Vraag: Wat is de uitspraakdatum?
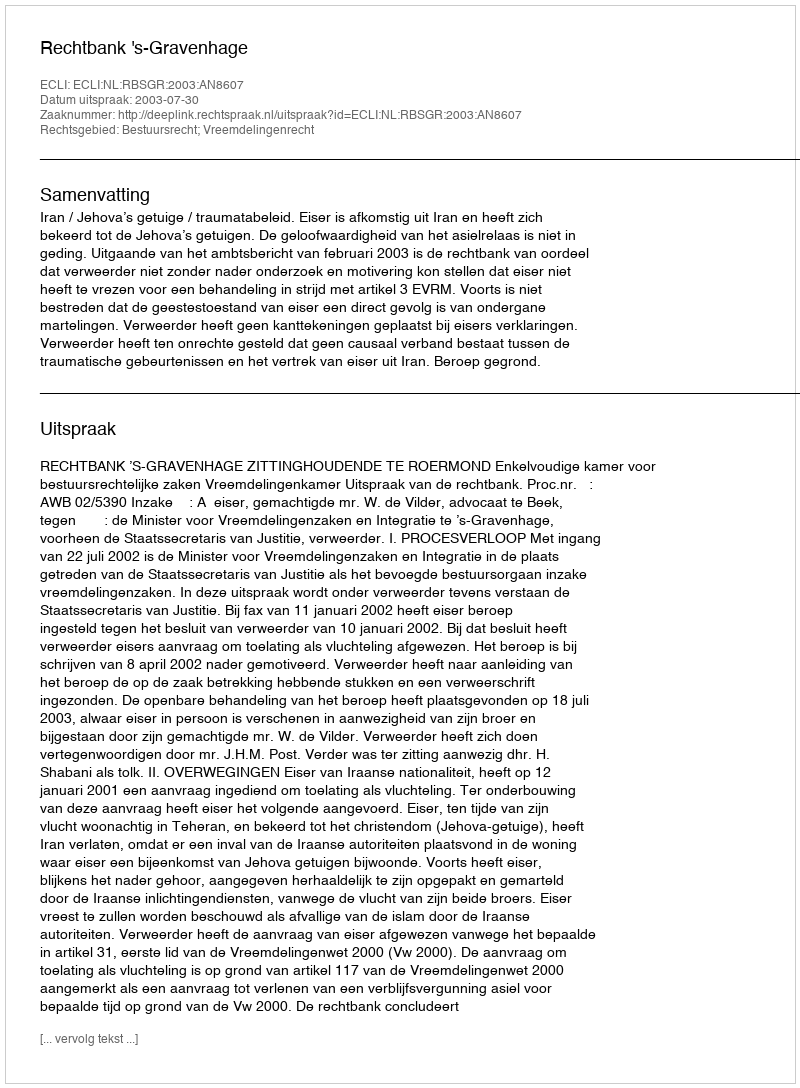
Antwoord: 2003-07-30